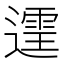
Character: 𫑄